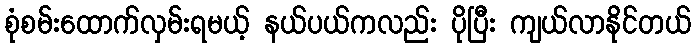
စုံစမ်းထောက်လှမ်းရမယ့် နယ်ပယ်ကလည်း ပိုပြီး ကျယ်လာနိုင်တယ်